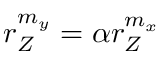
r _ { Z } ^ { m _ { y } } = \alpha r _ { Z } ^ { m _ { x } }